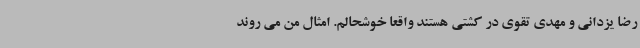
رضا یزدانی و مهدی تقوی در کشتی هستند واقعا خوشحالم. امثال من می روند